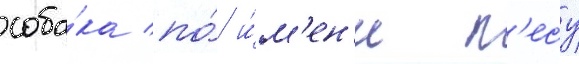
соба́ка по́ и́м'ен'и п'есу